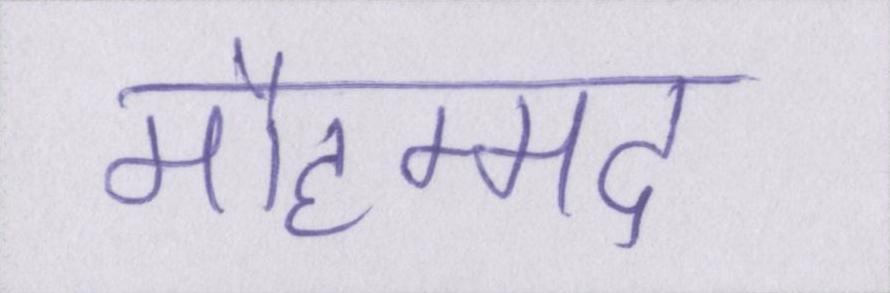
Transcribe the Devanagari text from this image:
मौहम्मद